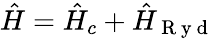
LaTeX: \hat{H}=\hat{H}_{c}+\hat{H}_{\mathrm{~R~y~d~}}